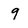
Character: 9